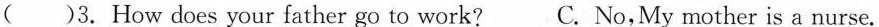
( )3.How does your father go to work?C. No,My mother is a nurse.